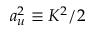
a _ { u } ^ { 2 } \equiv K ^ { 2 } / 2